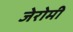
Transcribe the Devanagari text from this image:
जेरोमी